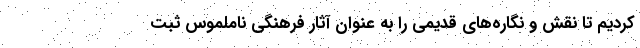
کردیم تا نقش و نگاره‌های قدیمی را به عنوان آثار فرهنگی ناملموس ثبت